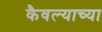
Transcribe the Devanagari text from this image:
कैवल्याच्या